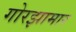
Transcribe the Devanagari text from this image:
गोरझामार